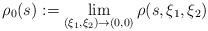
LaTeX: \begin{align*}\rho_0(s):=\lim_{(\xi_1,\xi_2)\to (0,0)}\rho(s,\xi_1,\xi_2)\end{align*}